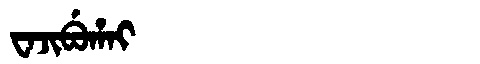
Manchu: ᠸᠠᠵᡳᠪᡠᡥᠠᡳ
Romanization: WAJIBUHAI